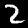
Digit: 2